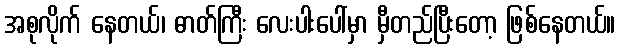
အစုလိုက် နေတယ်၊ ဓာတ်ကြီး လေးပါးပေါ်မှာ မှီတည်ပြီးတော့ ဖြစ်နေတယ်။